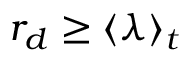
r _ { d } \ge \langle \lambda \rangle _ { t }